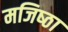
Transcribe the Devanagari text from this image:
मजिष्‍ठा